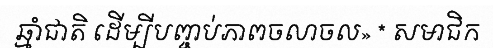
ឆ្មាំជាតិ ដើម្បីបញ្ចប់ភាពចលាចល» * សមាជិក